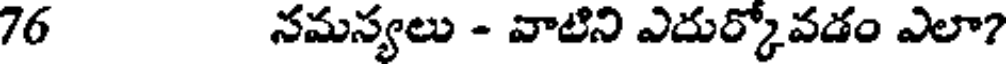
76 నమస్యలు - వాటిని ఎదుర్కోవడం ఎలా?